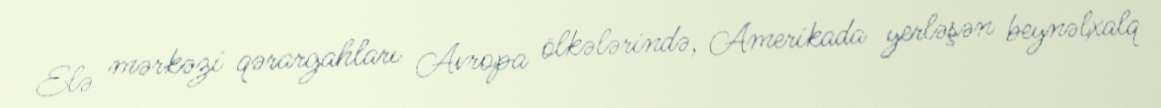
Elə mərkəzi qərargahları Avropa ölkələrində, Amerikada yerləşən beynəlxalq